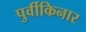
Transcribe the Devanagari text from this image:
पुर्वीकिनार